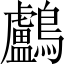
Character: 鸕